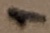
Text: 1